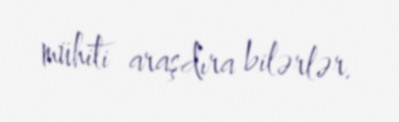
mühiti araşdıra bilərlər.